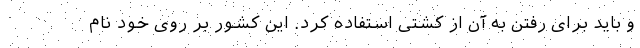
و باید برای رفتن به آن از کشتی استفاده کرد. این کشور بر روی خود نام